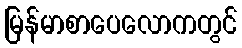
မြန်မာစာပေလောကတွင်